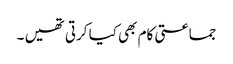
جماعتی کام بھی کیا کرتی تھیں ۔